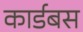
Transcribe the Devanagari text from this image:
कार्डबस